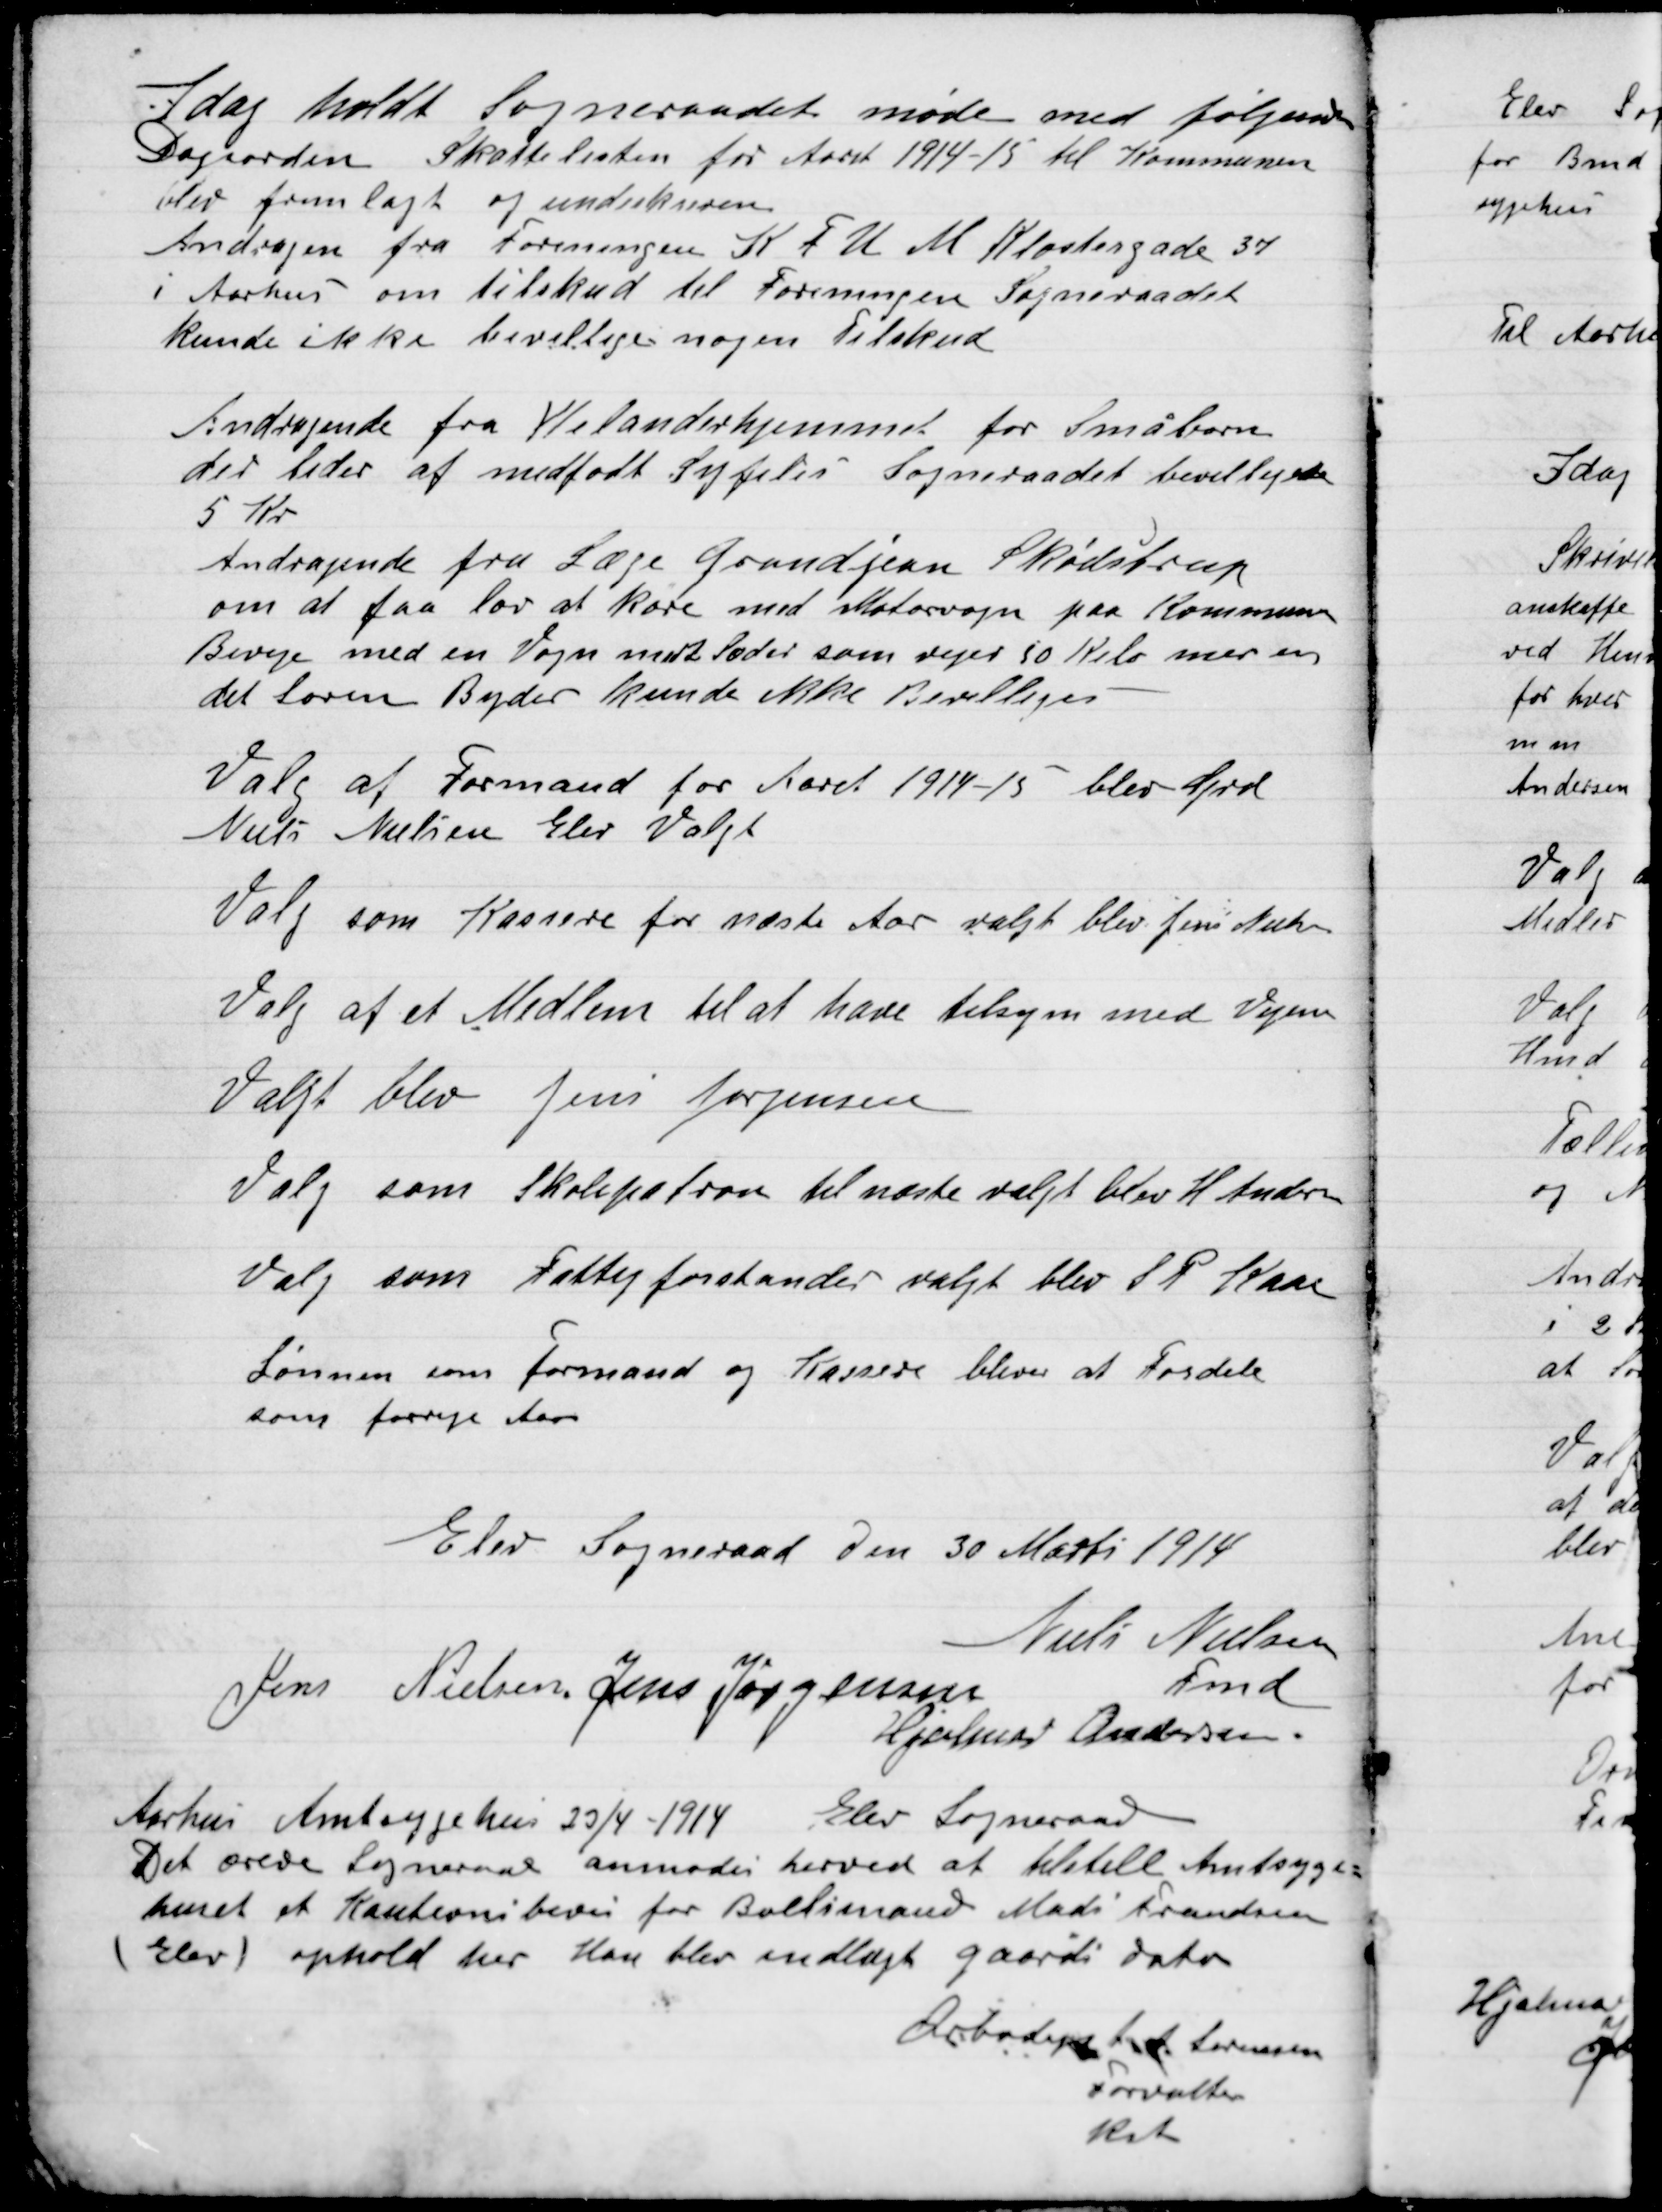
Transskription:
I dag holdt Sogneraadet møde med følgende
Dagsorden.

Skattelisten for Aaret 1914-15 til Kommunen
Der fremlagt og underskreven.

Andragende fra Foreningen K.F.U.M. Klostergade 37
I Aarhus om tilskud til Foreningen Sogneraadet
Kunde ikke bevillige nogen Tilskud.

Andragende fra Yelanderhjemmet for Småbørn
der lider af medfødt Syfilis Sogneraadet bevilligede
5 Kr.

Andragende fra Læge Grandjean Skødstrup
om at faa lov at køre med støttevogn paa Kommunen
Biveje med en Vogn med Sæder som vejer 50 Kilo mere en
det loven Byder kunde ikke Bevilgedes. -

Valg af Formand for Aaret 1914-15 blev Grd.
Niels Nielsen Elev Valgt.

Valg som Kasserer for næste Aar balgt blev Jens Nielsen

Valg af et Medlem til at have tilsyn med Vejen
Valgt blev Jens Jørgensen

Valg som Skolepatron blev til næste valgt blev H. Andersen

Valg som  Fattigforstander valgt blev S. P. Kaas

Lønnen som formand og Kasserer blev at Fordele
som forrige Aar.

Elev Sogneraad Den 30 Marts 1914

Niels Nielsen
Fmd.
Jens Nielsen
Jens Jørgensen
Hjalmar Andersen

Aarhus Amtssygehus 23/4 – 1914 Elev Sogneraad
Det øvrige Sogneraad anmoder herved at tilstille Amtssyge-
huset et Kautionbevis for Boelsmand Mads Frandsen
(Elev) ophold her. Han blev indlagt gaardags dato.
Ærbødist  Larsen
Forvalter
Rit